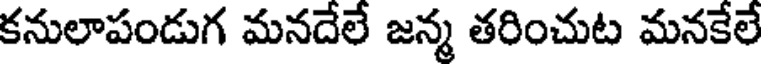
కనులాపండుగ మనదేలే జన్మ తరించుట మనకేలే